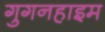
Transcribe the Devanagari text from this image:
गुगनहाइम